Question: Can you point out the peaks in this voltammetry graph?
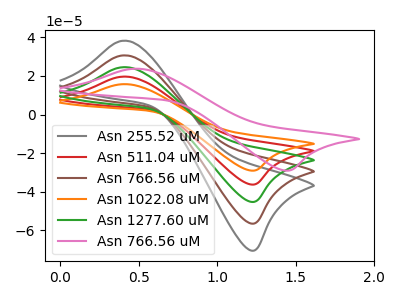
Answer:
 <answer>The gray curve "Asn 255.52 uM" has an anodic peak at (0.40V, 78.70uA) and a cathodic peak at (1.25V, -144.80uA). The red curve "Asn 511.04 uM" has an anodic peak at (0.40V, 19.70uA) and a cathodic peak at (1.25V, -36.20uA). The brown curve "Asn 766.56 uM" has an anodic peak at (0.40V, 59.05uA) and a cathodic peak at (1.25V, -108.60uA). The orange curve "Asn 1022.08 uM" has an anodic peak at (0.40V, 15.75uA) and a cathodic peak at (1.25V, -29.00uA). The green curve "Asn 1277.60 uM" has an anodic peak at (0.40V, 39.35uA) and a cathodic peak at (1.25V, -72.40uA). The pink curve "Asn 766.56 uM" has an anodic peak at (0.45V, 23.75uA) and a cathodic peak at (1.45V, -29.00uA).</answer>
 <eval></eval>